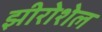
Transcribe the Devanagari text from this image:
झीरोशेल